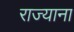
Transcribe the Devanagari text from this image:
राज्याना